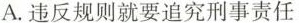
A.违反规则就要追究刑事责任